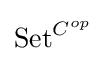
\mathrm {Set} ^{C^{op}}